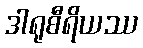
ဒါရုစီရိယဿ